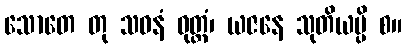
သောတေ တု သဝနံ ဝုတ္တံ၊ ယဇနေ သုတိယမ္ပိ စ။